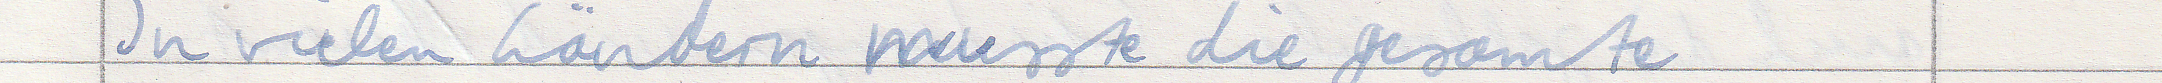
In vielen Ländern musste die gesamte